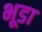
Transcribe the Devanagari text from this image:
भूडा